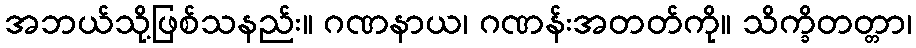
အဘယ်သို့ဖြစ်သနည်း။ ဂဏနာယ၊ ဂဏန်းအတတ်ကို။ သိက္ခိတတ္တာ၊